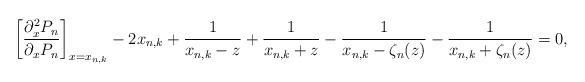
LaTeX: \begin{align*}\left[ \frac{\partial_{x}^{2}P_{n}}{\partial_{x}P_{n}}\right] _{x=x_{n,k}}-2x_{n,k}+\frac{1}{x_{n,k}-z}+\frac{1}{x_{n,k}+z}-\frac{1}{x_{n,k}-\zeta_{n}(z)}-\frac{1}{x_{n,k}+\zeta_{n}(z)}=0, \end{align*}